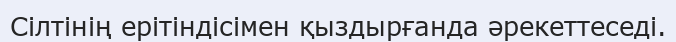
Сілтінің ерітіндісімен қыздырғанда әрекеттеседі.